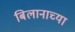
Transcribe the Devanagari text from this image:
बिलानाच्या